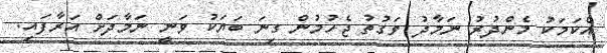
އެކަމަކު މެންދުރު ނަމާދު ވަގުތު ޖެހުމުން ގިނަ ބަޔަކު ވަނީ ނަމާދަށް އަރާފައި.